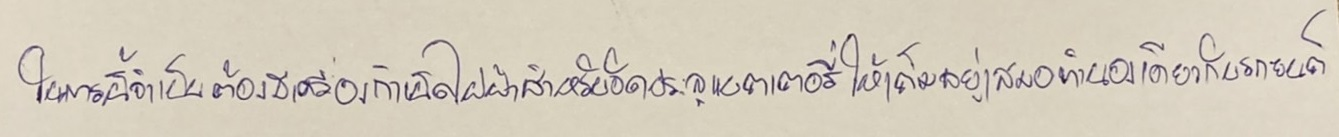
ในการนี้จำเป็นต้องมีเครื่องกำเนิดไฟฟ้าสำหรับอัดประจุแบตเตอรี่ให้เต็มอยู่เสมอทำนองเดียวกับรถยนต์